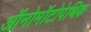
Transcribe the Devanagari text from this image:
ऑनोमॉटोपेथिक